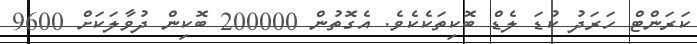
ކަރަންޓް ހަރަދު ކުޑަ ލެޑް ބޮކިތަކެކެވެ. އެގޮތުން 200000 ބޮކިން ދުވާލަކަށް 9600